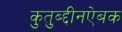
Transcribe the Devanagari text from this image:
कुतुब्द्दीनऐबक